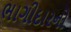
ભાગીદારનો